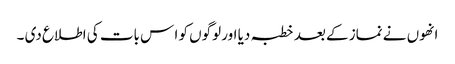
انھوں نے نماز کے بعد خطبہ دیا اور لوگوں کو ا س بات کی اطلاع دی ۔